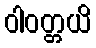
ဝါဝတ္တယိ